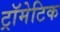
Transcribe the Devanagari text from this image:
ट्रॉमेटिक